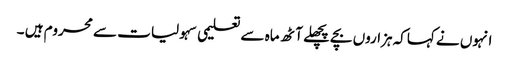
انہوں نے کہاکہ ہزاروں بچے پچھلے آٹھ ماہ سے تعلیمی سہولیات سے محروم ہیں ۔